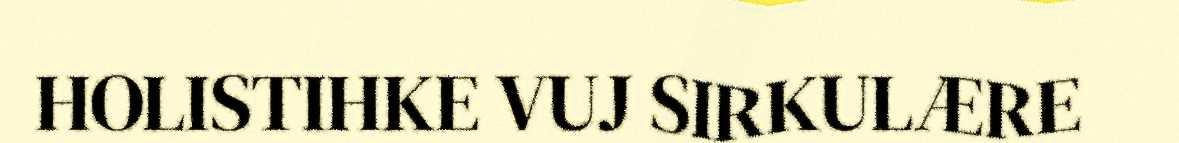
HOLISTIHKE VUJ SIRKULÆRE